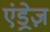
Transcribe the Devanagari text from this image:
एंड्रेज़